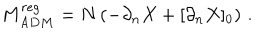
LaTeX: M _ { A D M } ^ { r e g } = N \left( - \partial _ { n } X + [ \partial _ { n } X ] _ { 0 } \right) \, .